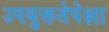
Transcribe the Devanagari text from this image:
उपयुक्ततेपेक्षा